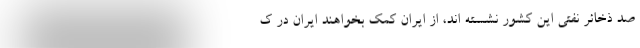
صد ذخائر نفتی این کشور نشسته اند، از ایران کمک بخواهند ایران در ک